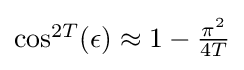
{\textstyle \cos ^{2T}(\epsilon )\approx 1-{\frac {\pi ^{2}}{4T}}}